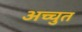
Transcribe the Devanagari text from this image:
अच्चुत